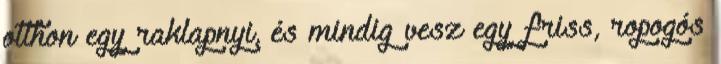
otthon egy raklapnyi, és mindig vesz egy friss, ropogós